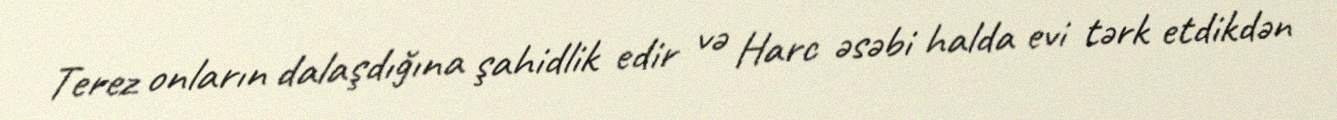
Terez onların dalaşdığına şahidlik edir və Harc əsəbi halda evi tərk etdikdən